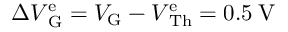
\Delta V \mathrm { _ G ^ { e } } = V _ { \mathrm { G } } - V \mathrm { ^ e _ { T h } } = 0 . 5 \: \mathrm { V }